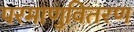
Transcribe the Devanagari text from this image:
परमाणुवितरण